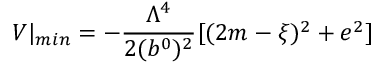
V | _ { m i n } = - { \frac { \Lambda ^ { 4 } } { 2 ( b ^ { 0 } ) ^ { 2 } } } [ ( 2 m - \xi ) ^ { 2 } + e ^ { 2 } ]